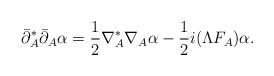
LaTeX: \begin{align*} \bar{\partial}_{A}^{*} \bar{\partial}_{A} \alpha = \frac{1}{2} \nabla_{A}^{*} \nabla_{A} \alpha - \frac{1}{2} i ( \Lambda F_{A}) \alpha . \end{align*}